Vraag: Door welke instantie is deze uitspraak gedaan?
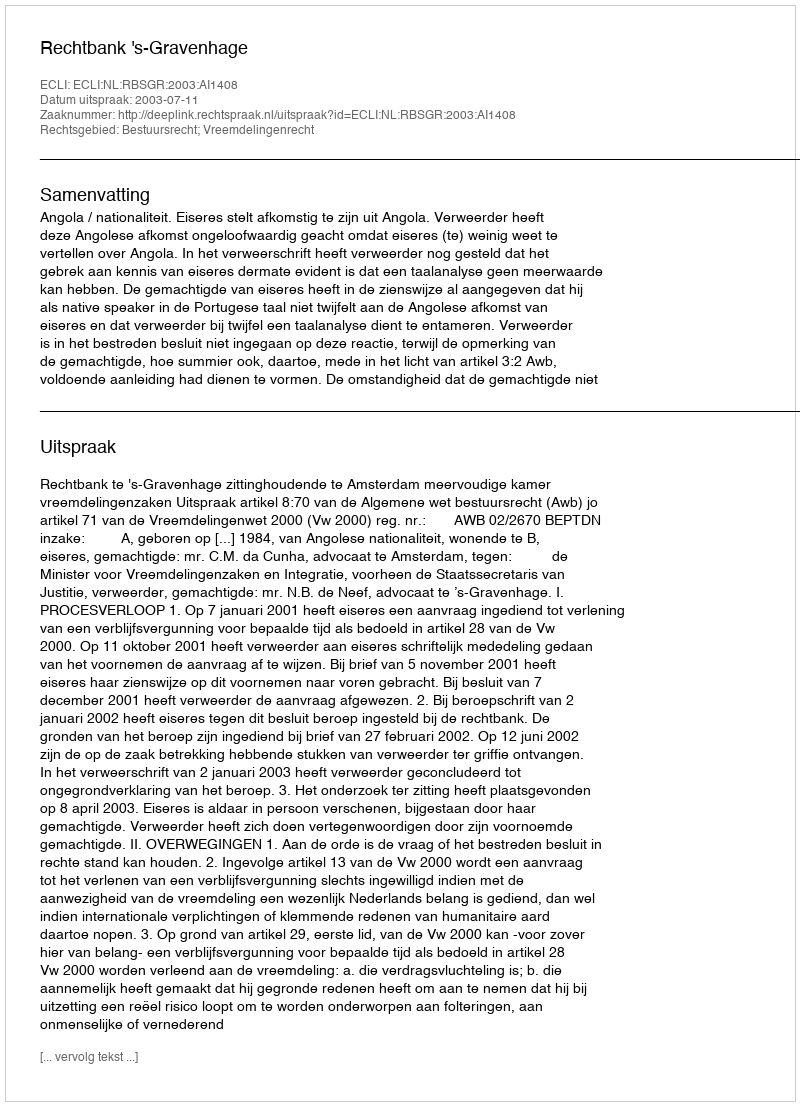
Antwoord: Rechtbank 's-Gravenhage